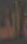
ألف